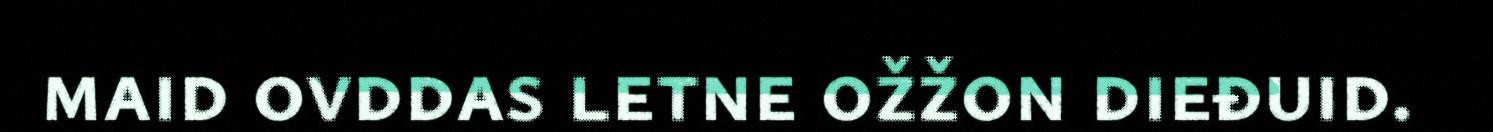
maid ovddas letne ožžon dieđuid.